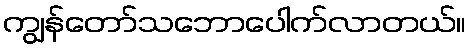
ကျွန်တော်သဘောပေါက်လာတယ်။